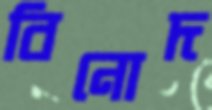
বিনোদ